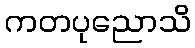
ကတပုညောသိ